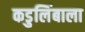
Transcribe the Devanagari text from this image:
कडुलिंबाला